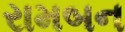
રામબન